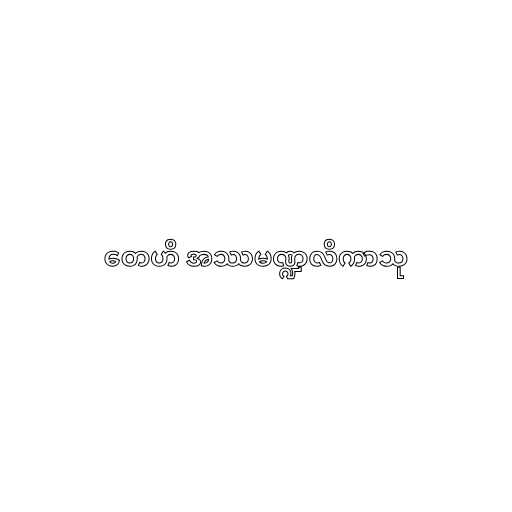
တေဟိ အဿမဏ္ဍလိကာသု